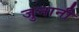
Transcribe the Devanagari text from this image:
जुनानी